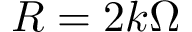
R = 2 k \Omega